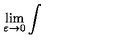
\lim _ { \varepsilon \to 0 } \int